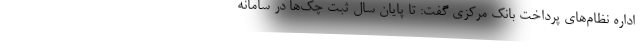
اداره نظام‌های پرداخت بانک مرکزی گفت: تا پایان سال ثبت چک‌ها در سامانه